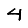
Digit: 4